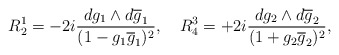
\begin{align*}R^{1}_{2} = - 2i \frac {dg_{1} \wedge d\overline{g}_{1}} {(1-g_{1}\overline{g}_{1})^{2}},~~~R^{3}_{4} = +2i \frac {dg_{2}\wedge d\overline{g}_{2}} {(1+ g_{2}\overline{g}_{2})^{2}},\end{align*}